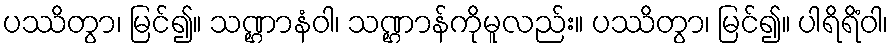
ပဿိတွာ၊ မြင်၍။ သဏ္ဌာနံဝါ၊ သဏ္ဌာန်ကိုမူလည်း။ ပဿိတွာ၊ မြင်၍။ ပါရိရိံဝါ၊